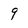
Character: 9